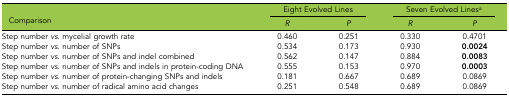
| <ROWSPAN=2> Comparison | <COLSPAN=2> Eight Evolved Lines | <COLSPAN=2> Seven Evolved Linesa |
 | R | P | R | P |
 | --- | --- | --- | --- | --- |
 | Step number vs. mycelial growth rate | 0.460 | 0.251 | 0.330 | 0.4701 |
 | Step number vs. number of SNPs | 0.534 | 0.173 | 0.930 | 0.0024 |
 | Step number vs. number of SNPs and indel combined | 0.562 | 0.147 | 0.884 | 0.0083 |
 | Step number vs. number of SNPs and indels in protein-coding DNA | 0.555 | 0.153 | 0.970 | 0.0003 |
 | Step number vs. number of protein-changing SNPs and indels | 0.181 | 0.667 | 0.689 | 0.0869 |
 | Step number vs. number of radical amino acid changes | 0.251 | 0.548 | 0.689 | 0.0869 |